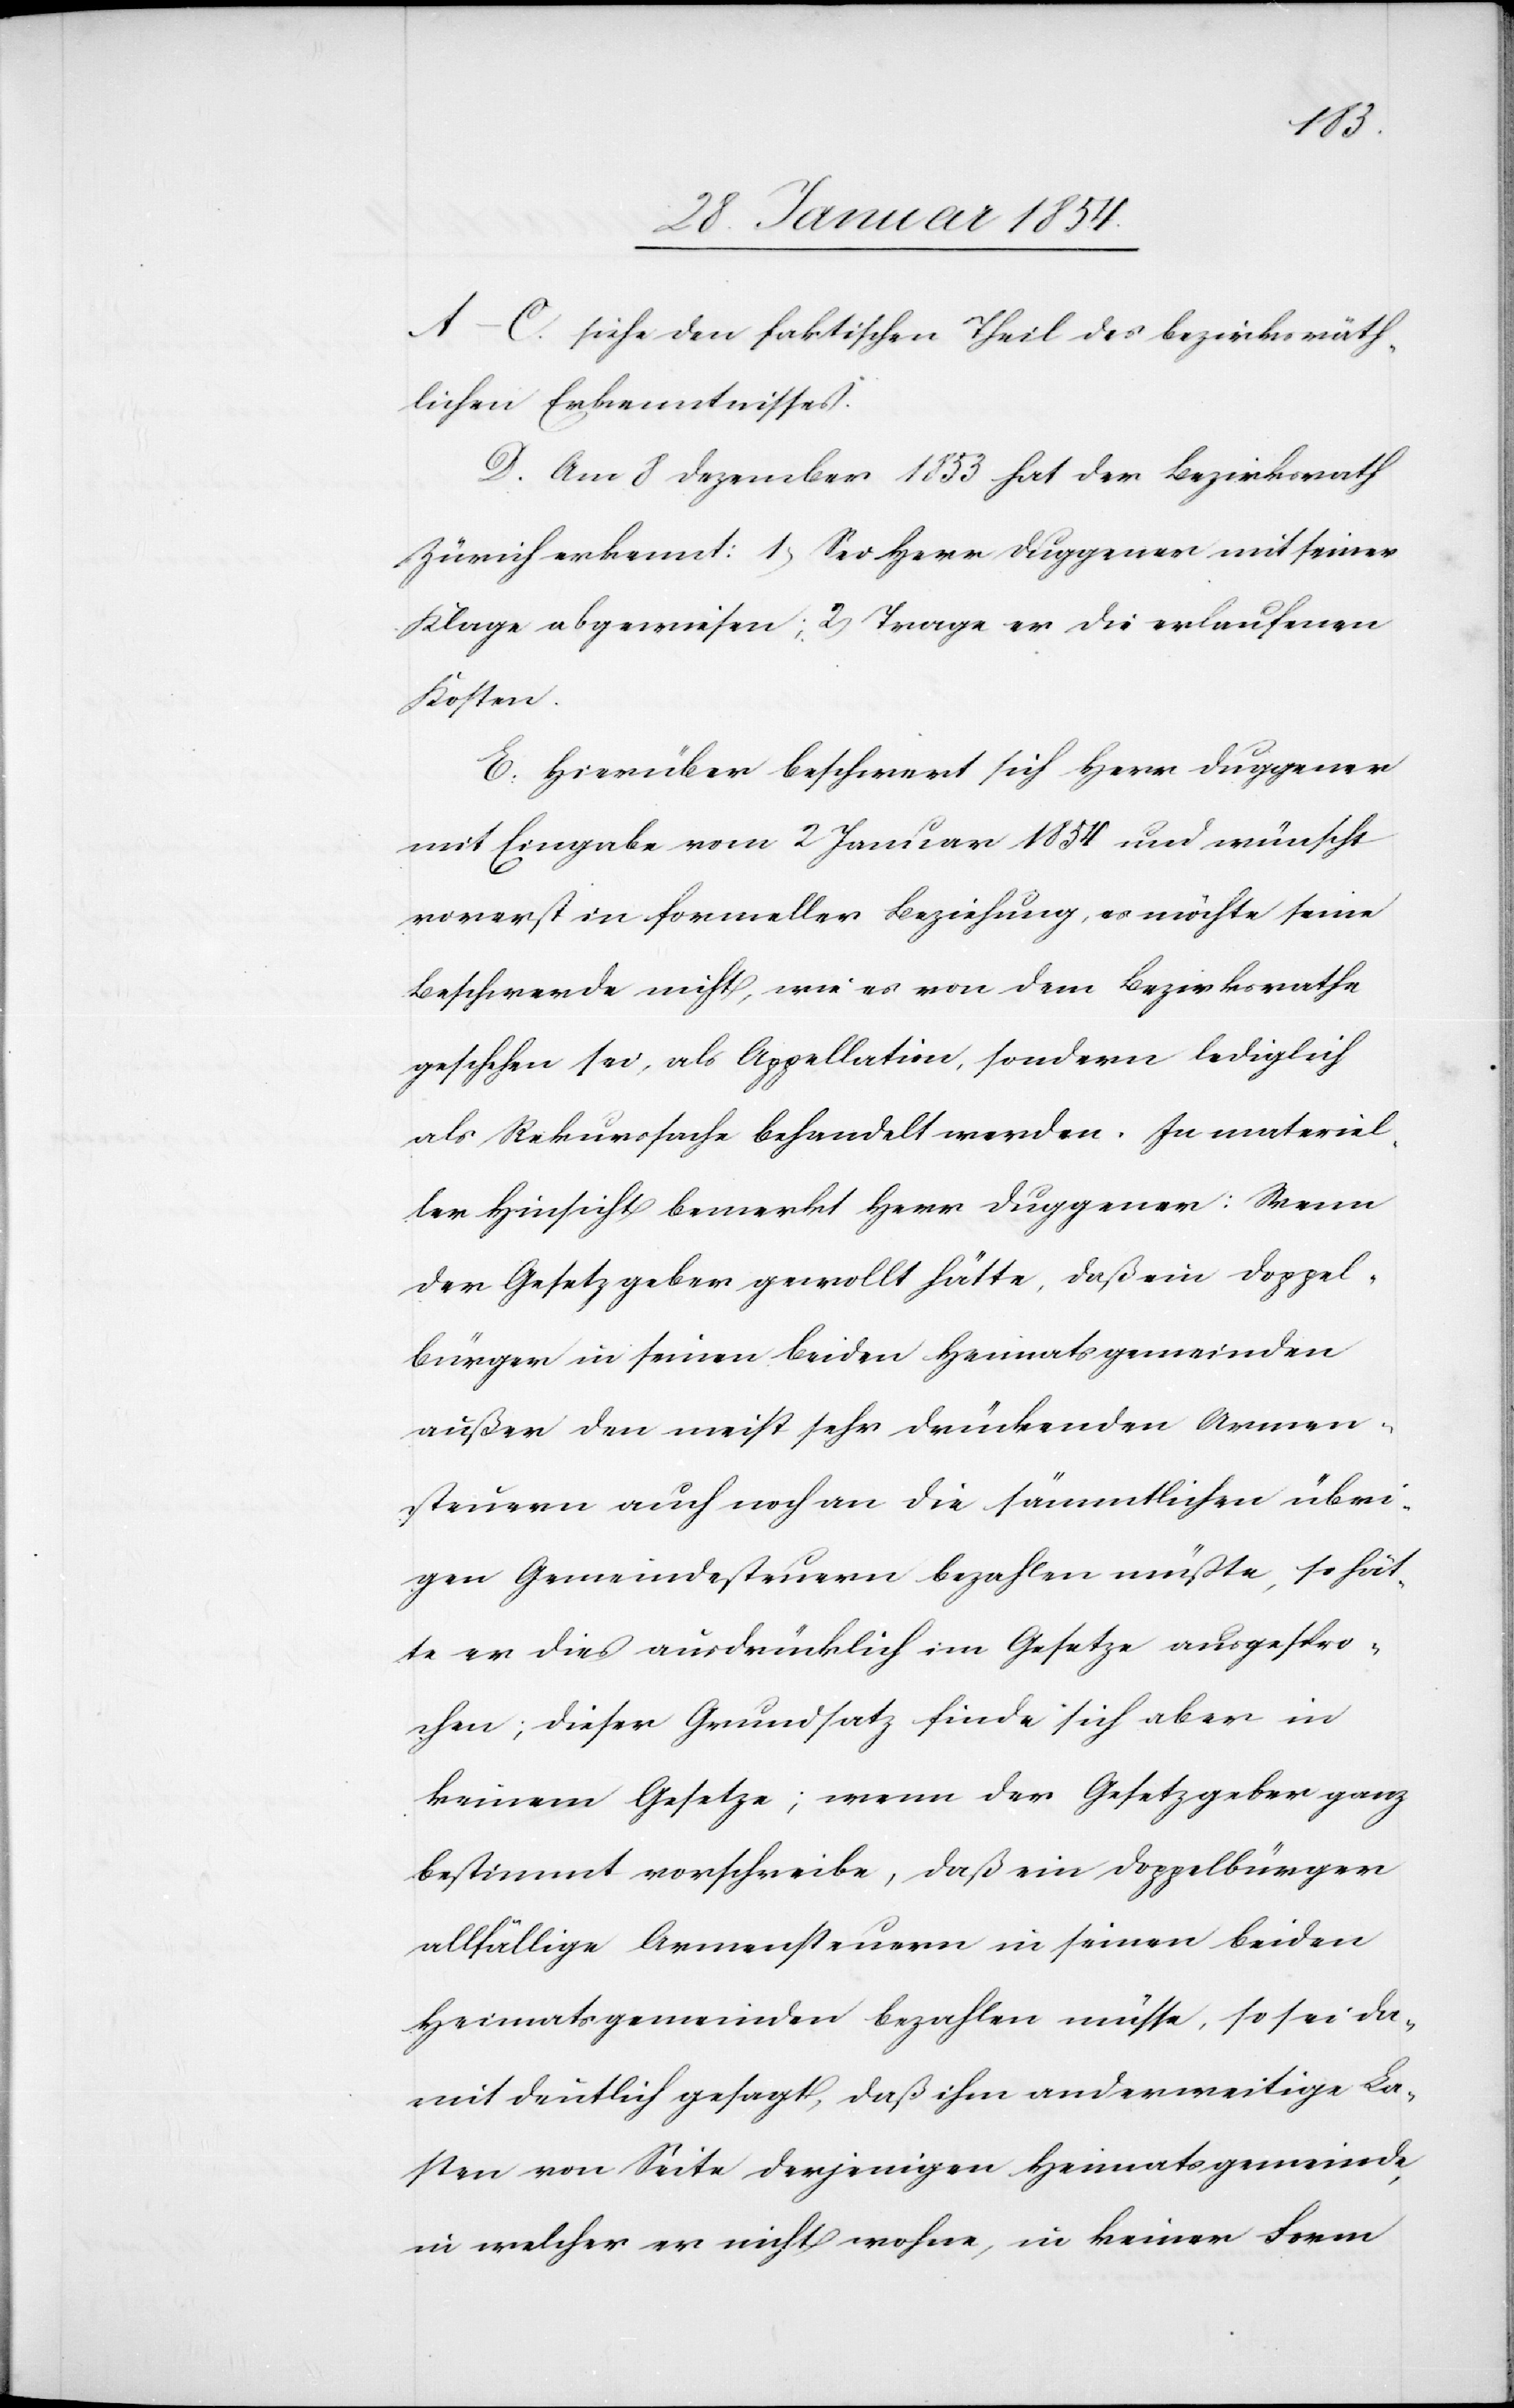
A–C. siehe den faktischen Theil des bezirksräth¬
lichen Erkenntnisses.
D. Am 8 Dezember 1853 hat der Bezirksrath
Zürich erkennt: a) Sei Herr Duggener mit seiner
Klage abgewiesen; 2) Trage er die erlaufenen
Kosten.
E. Hierüber beschwert sich Herr Duggener
mit Eingabe vom 2 Januar 1854 und wünscht
vorerst in formeller Beziehung, es möchte seines
Beschwerde nicht, wie es von dem Bezirksrathe
geschehen sei, als Appellation, sondern lediglich
als Rekurssache behandelt werden. In materiel¬
ler Hinsicht bemerkt Herr Duggener: wenn
der Gesetzgeber gewollt hätte, daß ein Doppel¬
bürger in seinen beiden Heimatsgemeinden
außer den meist sehr drückenden Armen¬
steuern auch noch an die sämmtlichen übri¬
gen Gemeindssteuern bezahlen müßte, so hät¬
te er dies ausdrücklich im Gesetze ausgespro¬
chen; dieser Grundsatz finde sich aber in
keinem Gesetze; wenn der Gesetzgeber ganz
bestimmt vorschreibe, daß ein Doppelbürger
allfällige Armensteuern in seinen beiden
Heimatsgemeinden bezahlen müsse, so sei da¬
mit deutlich gesagt, daß ihm anderweitige La¬
sten von Seite derjenigen Heimatsgemeinde,
in welcher er nicht wohne, in keiner Form